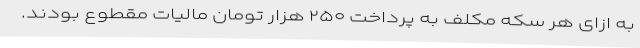
به ازای هر سکه مکلف به پرداخت ۲۵۰ هزار تومان مالیات مقطوع بودند.